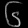
Digit: ၆